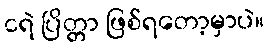
ငရဲ ပြိတ္တာ ဖြစ်ရတော့မှာပဲ။